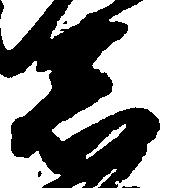
志